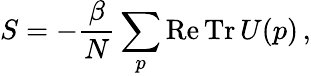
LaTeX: S=-\frac{\beta}{N}\sum_{p}\mathrm{Re\, Tr}\, U(p)\, ,